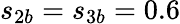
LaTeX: {s_{2b}}={s_{3b}}=0.6